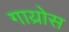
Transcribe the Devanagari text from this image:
गाय्रोस